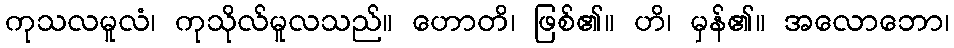
ကုသလမူလံ၊ ကုသိုလ်မူလသည်။ ဟောတိ၊ ဖြစ်၏။ ဟိ၊ မှန်၏။ အလောဘော၊